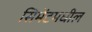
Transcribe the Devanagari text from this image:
सिमेंटमधील